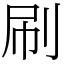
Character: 刷